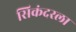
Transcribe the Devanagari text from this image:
सिकंदरला